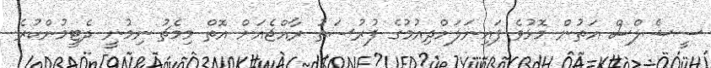
ސީޝެލްސް އަތުން މޮޅުވެ ފައިނަލަށްދިއުމުގެ ފުރުސަތު ރާއްޖެއަށް އޮތް މިމެޗު ނިމުނީ ދެޓީމުންކުރެ